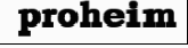
proheim